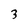
Character: 3